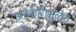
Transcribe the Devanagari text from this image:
अहंकारामुळेच